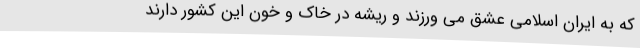
که به ایران اسلامی عشق می ورزند و ریشه در خاک و خون این کشور دارند